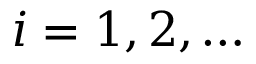
i = 1 , 2 , \ldots